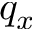
q _ { x }